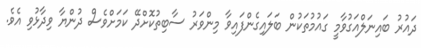
ދައުރު ބައިނަލްއަގުވާމީ ގައުމުތަކުން ބަލައިގެންފައިވާ މިންވަރު ސާބިތުކޮށްދޭ ކަމަށްވެސް ދުންޔާ ވިދާޅުވި އެވެ.